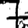
Digit: 7